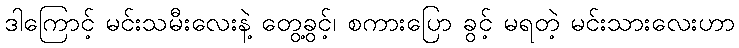
ဒါကြောင့် မင်းသမီးလေးနဲ့ တွေ့ခွင့်၊ စကားပြော ခွင့် မရတဲ့ မင်းသားလေးဟာ